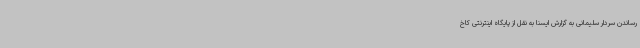
رساندن سردار سلیمانی به گزارش ایسنا به نقل از پایگاه اینترنتی کاخ